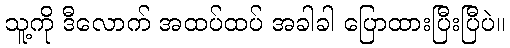
သူ့ကို ဒီလောက် အထပ်ထပ် အခါခါ ပြောထားပြီးပြီပဲ။